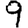
Digit: 9